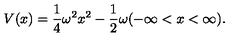
V ( x ) = \frac { 1 } { 4 } \omega ^ { 2 } x ^ { 2 } - \frac { 1 } { 2 } \omega ( - \infty < x < \infty ) .